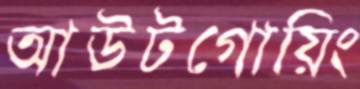
আউটগোয়িং